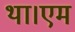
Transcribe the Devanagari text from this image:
था।एम